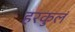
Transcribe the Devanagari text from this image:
हरकुलं